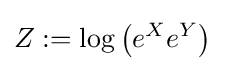
Z:=\log \left(e^{X}e^{Y}\right)